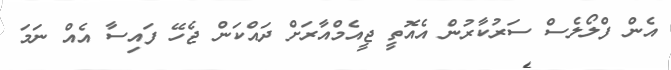
އެން ފްލޯލެސް ސަރުކާރުން އެއޮތީ ޖީއެމްއާރަށް ދައްކަން ޖެހޭ ފައިސާ އެއް ނަމަ